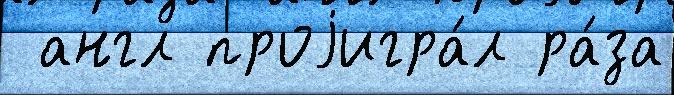
 англ проjигра́л ра́за